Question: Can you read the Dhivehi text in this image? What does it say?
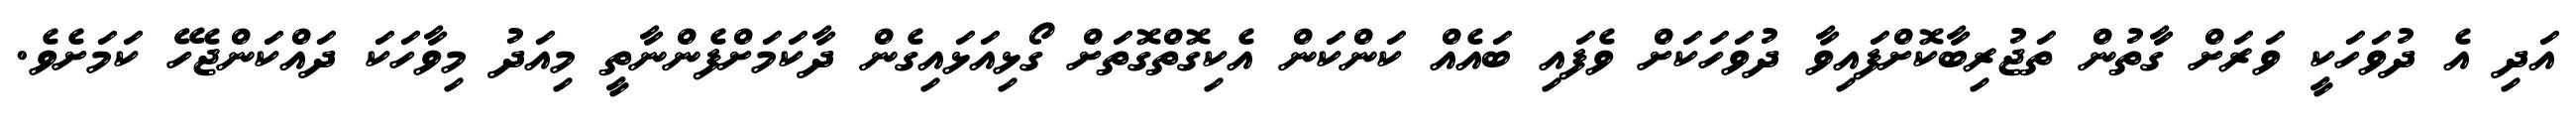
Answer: އަދި އެ ދުވަހަކީ ވަރަށް ގާތުން ތަޖުރިބާކޮށްފައިވާ ދުވަހަކަށް ވެފައި ބައެއް ކަންކަން އެކިގޮތްގޮތަށް ގޯޅިއަޅައިގެން ދާކަމަށްފެންނާތީ މިއަދު މިވާހަކަ ދައްކަންޖެހޭ ކަމަށެވެ.